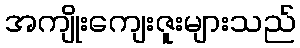
အကျိုးကျေးဇူးများသည်